65_HS1-834228961_62-HQ-83894_Section_3
Agency: FBI
Page 92
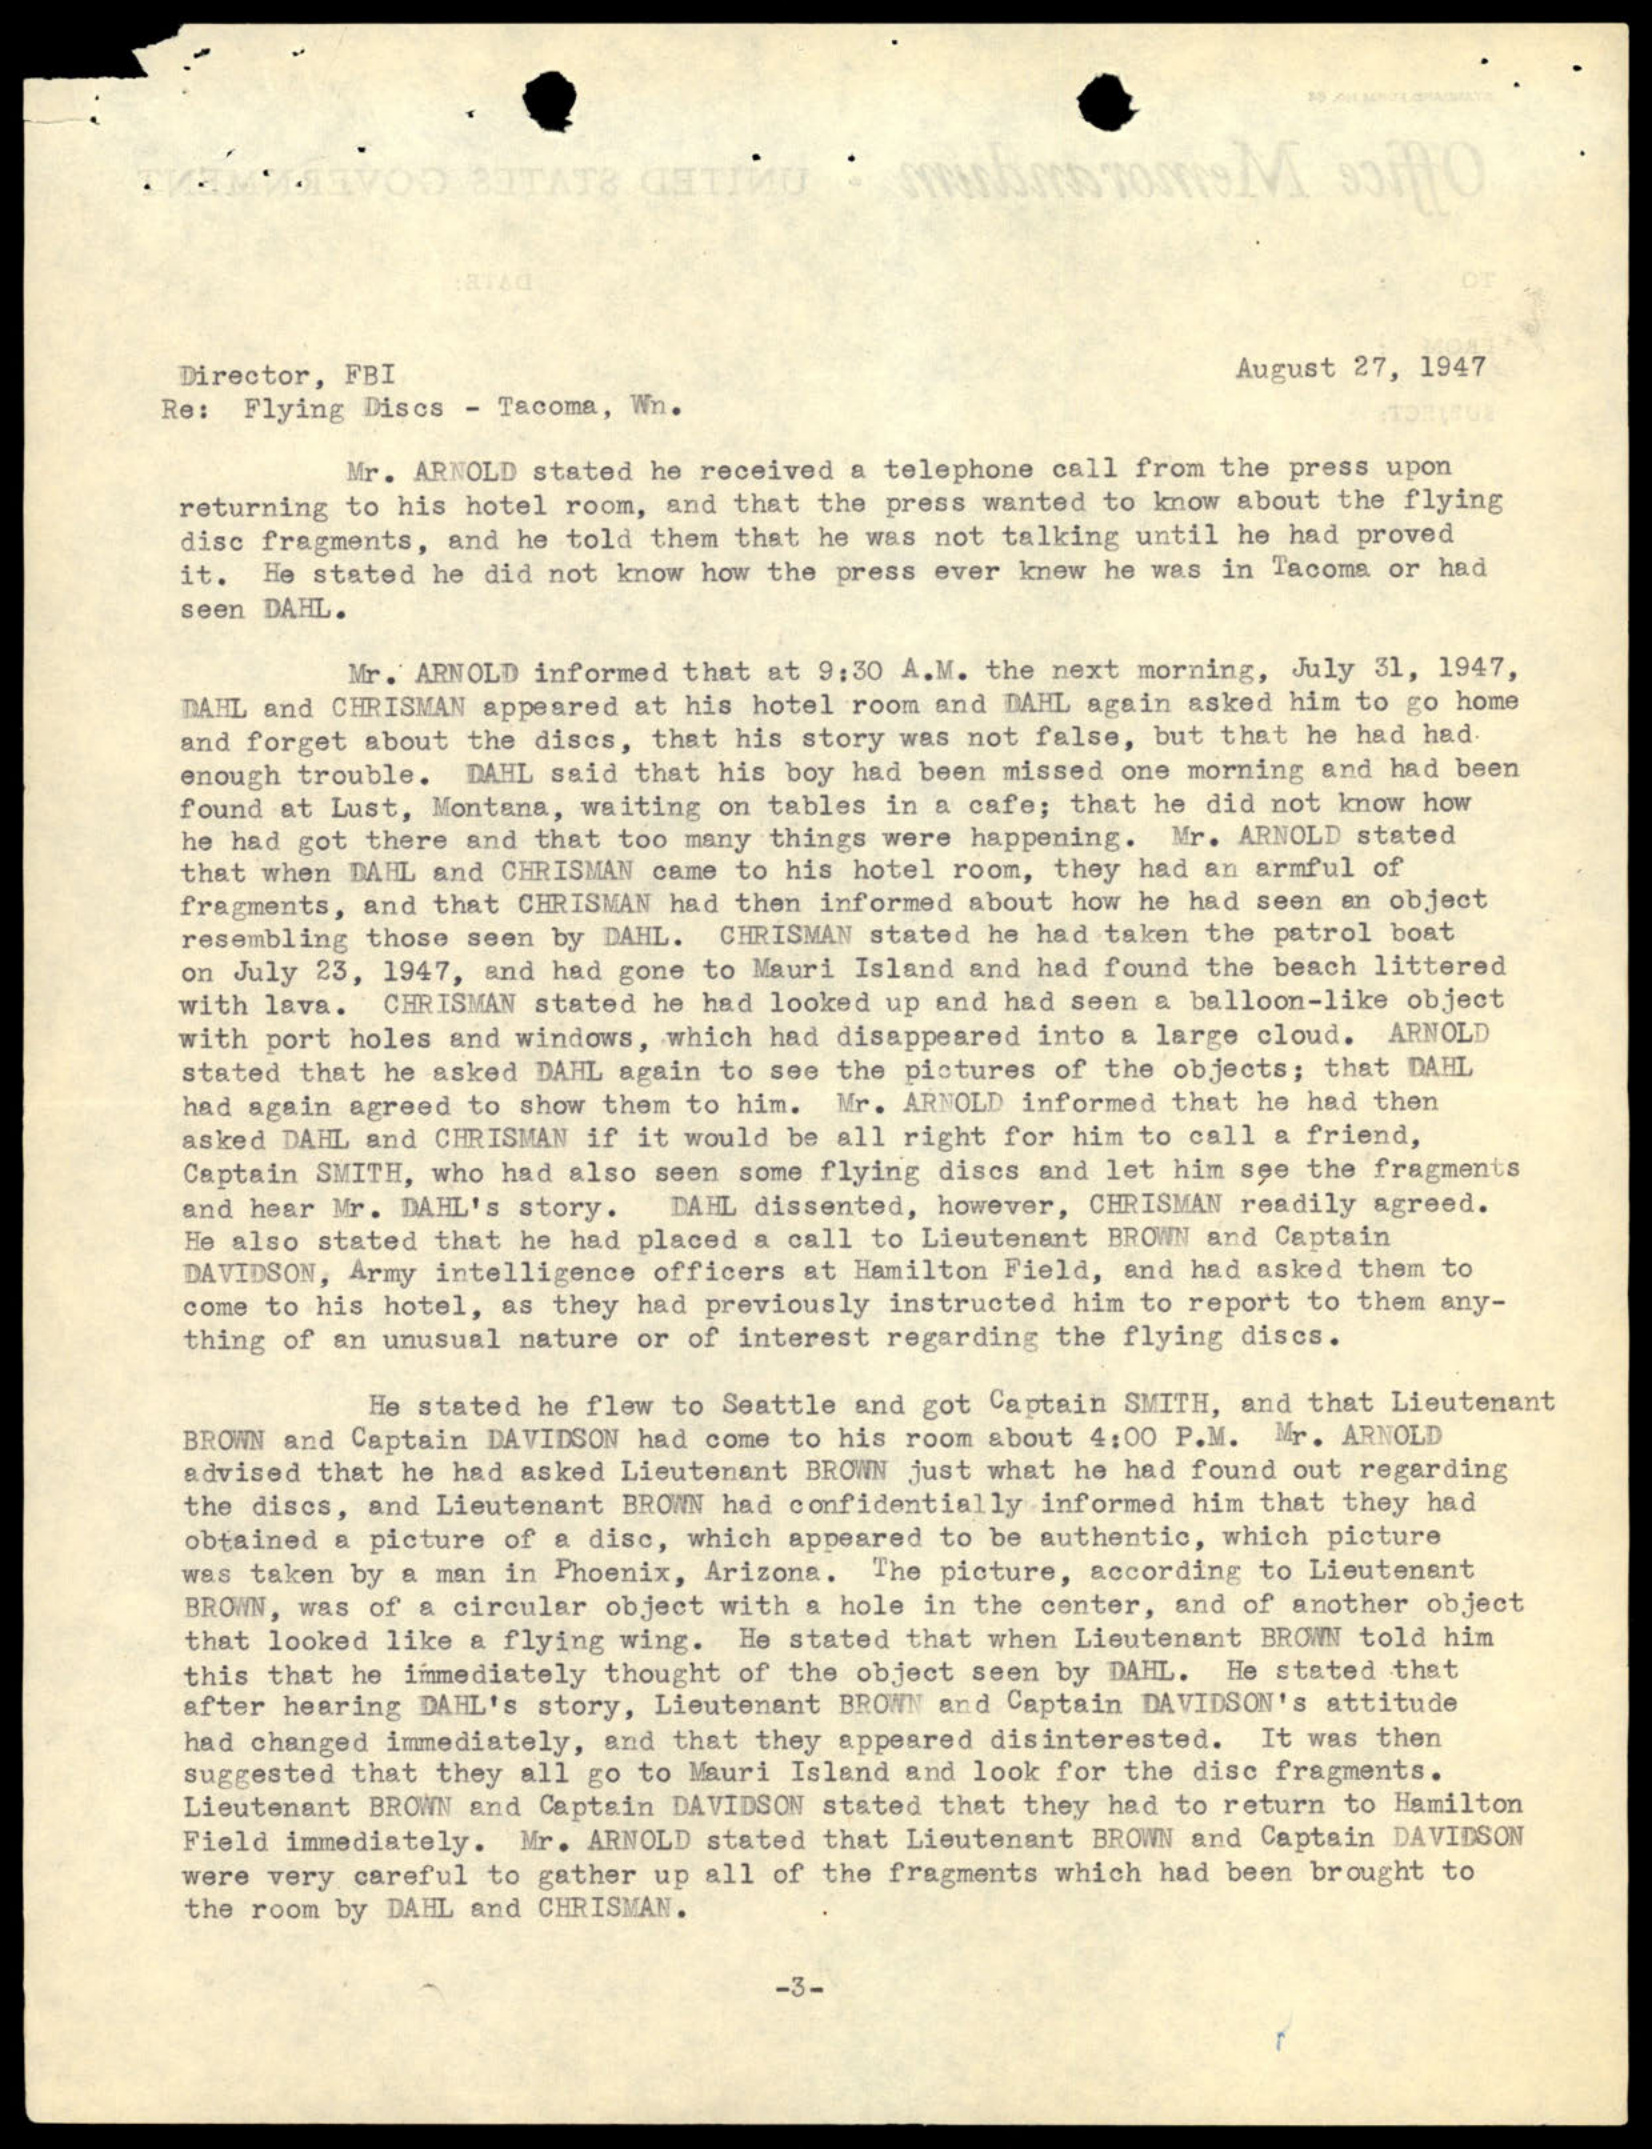